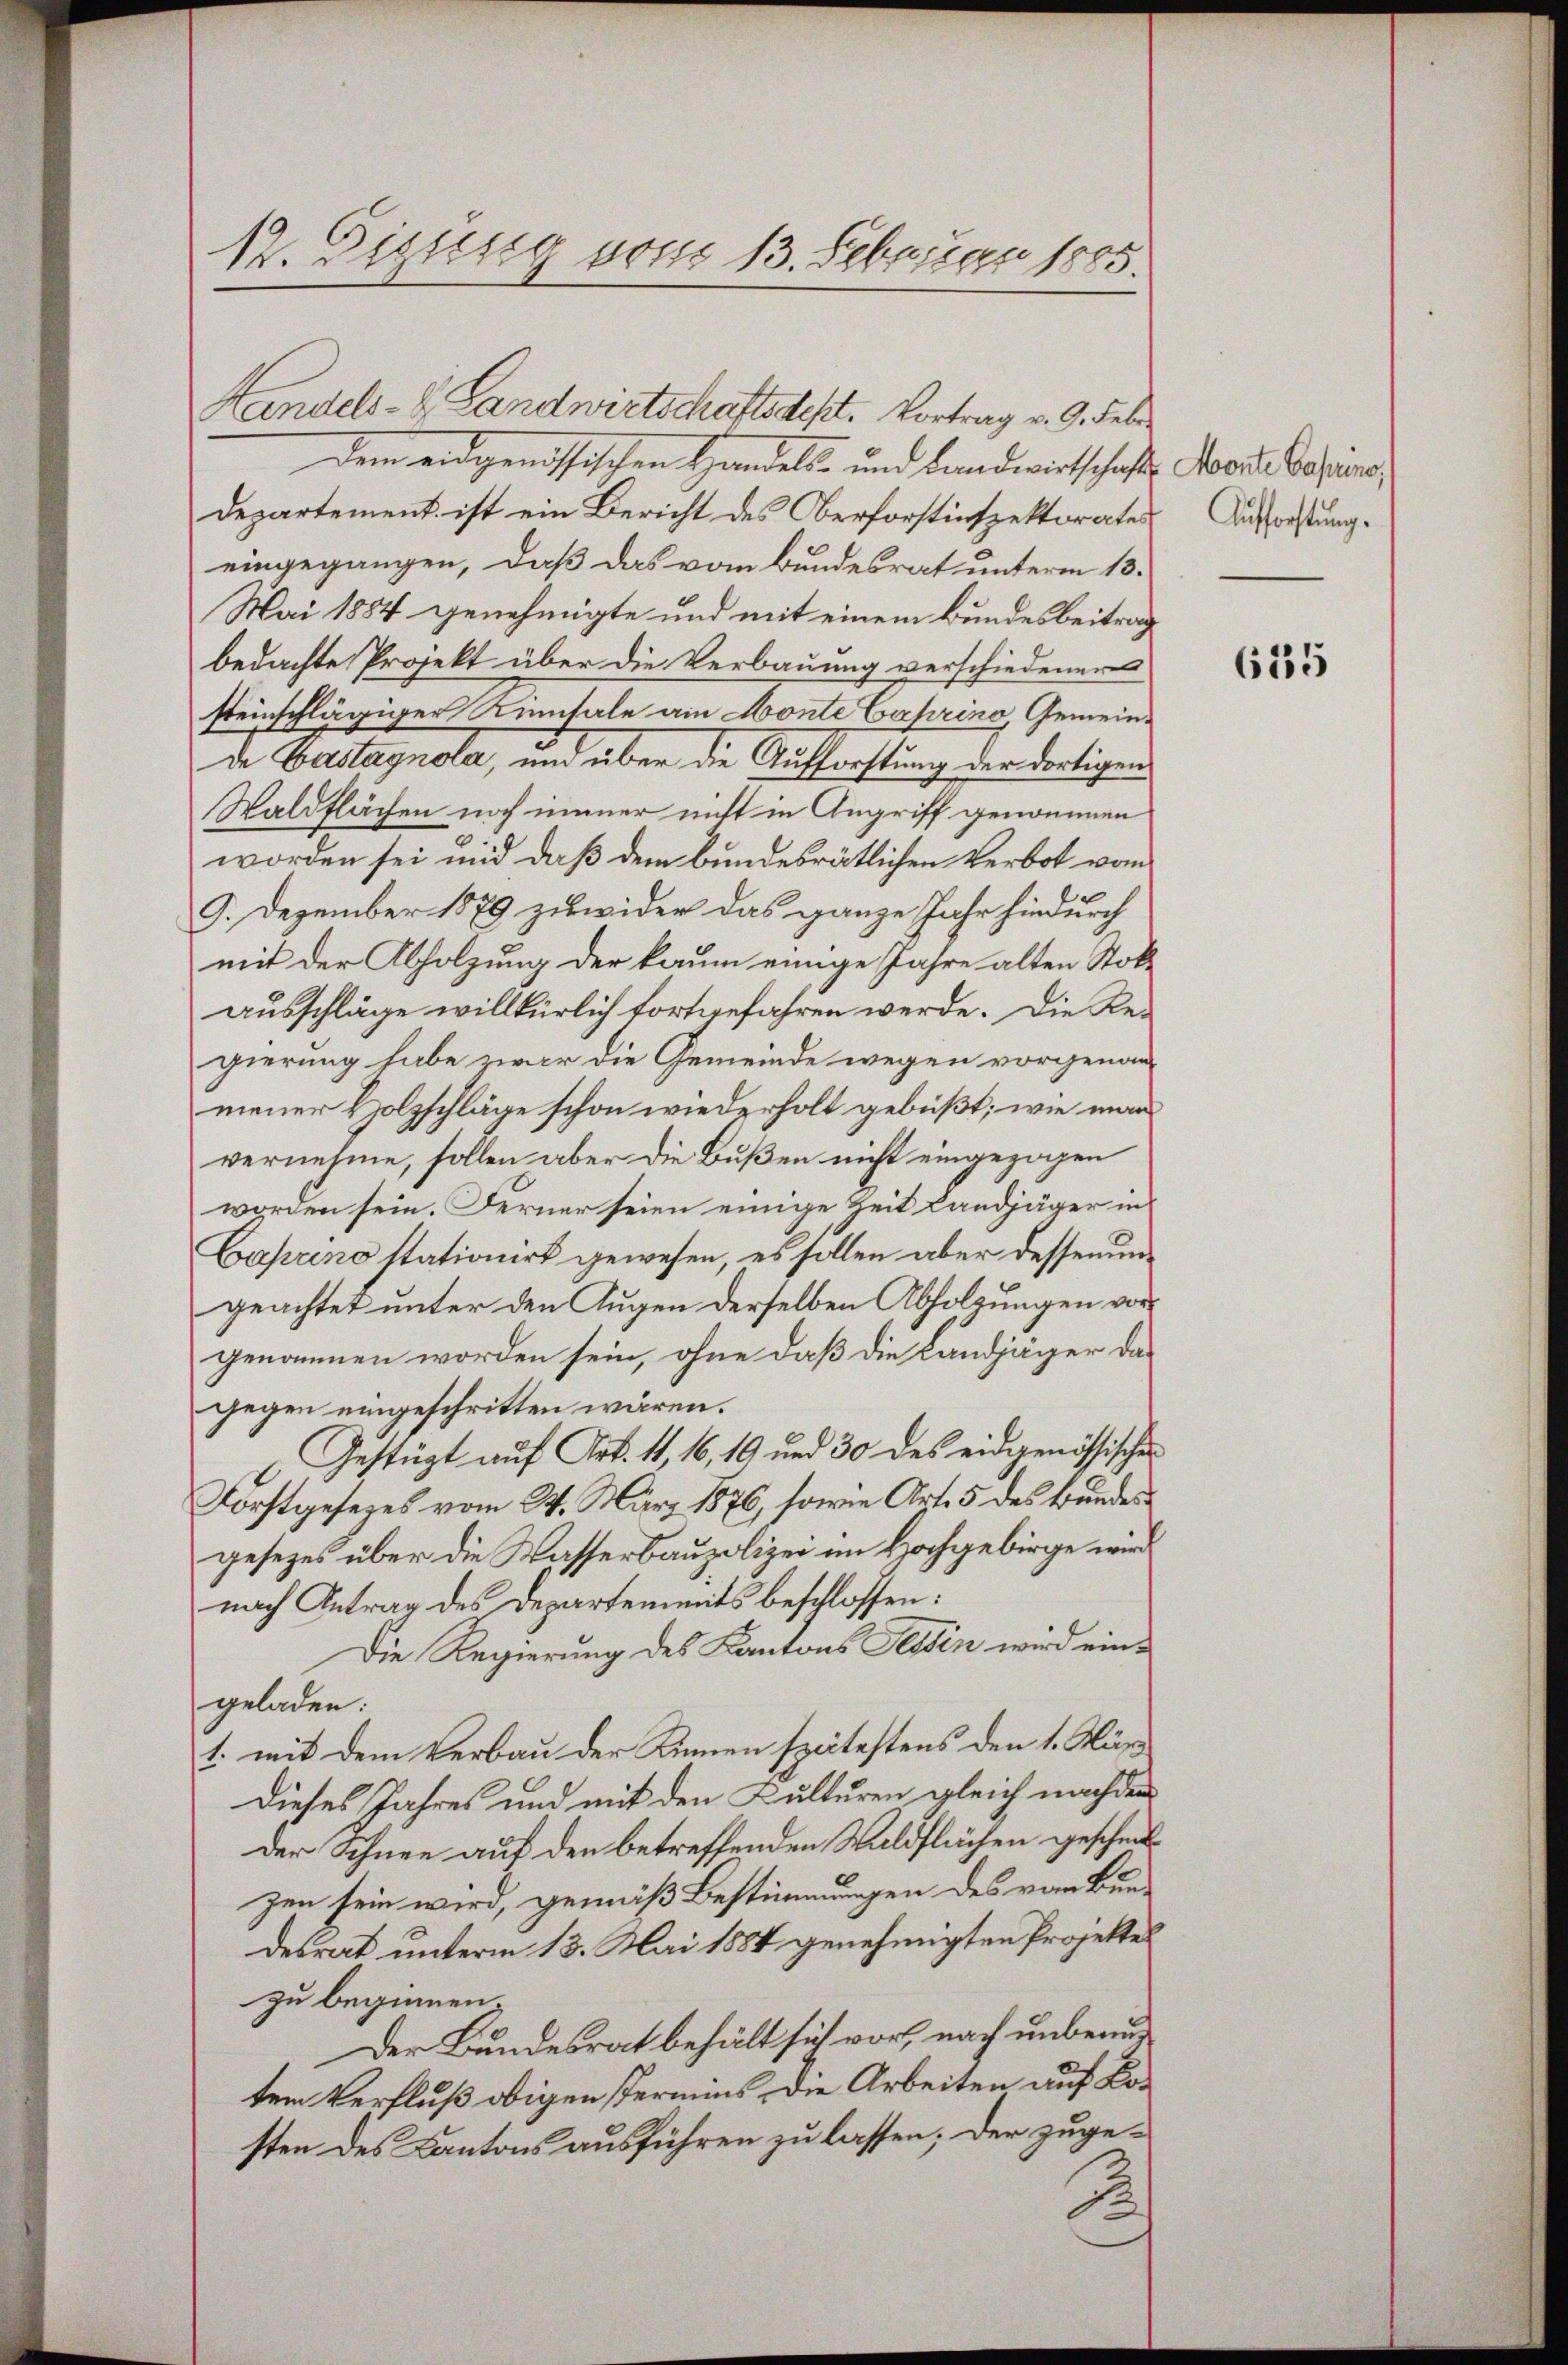
12. Sizusig vom 13. Februar 1805.

Handels- & Landwirtschaftsdest. Vortrag v. 9. Febr.
dem eidgenössischen Handels- und Landwirtschaft Loore Casins,
Departement ist ein Bericht des Oberforstinspektorates
eingegangen, daß das vom Bundesrat unterm 13.
Mai 1884 genehmigte und mit einem Bundesbeitrag
bedachte Projekt über die Verbauung verschiedeners
steinschlägiger Rinnsale am Monte Caprino, Gemeinde Bastagnola, und über die Aufforstung der dortigen
Waldflächen noch immer nicht in Angriff genommen
worden sei und daß dem bundesrätlichen Verbot vom
9. Dezember 1879 zuwider das ganze Jahr hindurch
mit der Abholzung der kaum einige Jahre alten Stokausschläge willkürlich fortgefahren werde. Die Regierung habe zwar die Gemeinde wegen vorgenom
mener Holzschläge schon wiederholt gebüßt; wie man
vernehme, sollen aber die Bußen nicht eingezogen
worden sein. Ferner seien einige Zeit Landjäger in
Caprino stationirt gewesen, es sollen aber dessenungeachtet unter den Augen derselben Abholzungen vor
genommen worden sein, ohne daß die Landjäger da-
gegen eingeschritten wären.
Gestüzt auf Art. 11, 16, 19 und 30 des eidgenössischer
Forstgesezes vom 24. März 1876, sowie Art. 5 des Bundes
gesezes über die Wasserbaupolizei im Hochgebirge wird
nach Antrag des Departemmits beschlossen:
Die Regierung des Kantons Tessin wird eingeladen:
1. mit dem Verbau der Kinnen spätestens den 1. März
Dieses Jahres und mit den Kulturen gleich nachdem
Der Schnee auf den betreffenden Waldflächen gescheibzen sein wird, gemäß Bestimmungen des vom Bun-
desrat unterm 13. Mai 1884 genehmigten Projektes
zu beginnen.
Der Bundesrat behält sich vor, nach unbeauftem Verfluß obigen Termins, die Arbeiten auf Kosten des Kantons ausführen zu lassen; der zuge¬
F

Aufforstung.

615